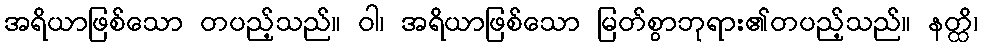
အရိယာဖြစ်သော တပည့်သည်။ ဝါ၊ အရိယာဖြစ်သော မြတ်စွာဘုရား၏တပည့်သည်။ နတ္ထိ၊